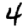
Digit: 4